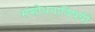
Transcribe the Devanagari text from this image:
संशोधनाविषयी